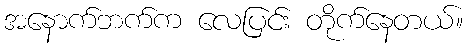
အနောက်ဘက်က လေပြင်း တိုက်နေတယ်။